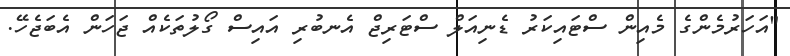
"އަހަރުމެންގެ މެއިން ސްޓައިކަރު ޑެނިއަލް ސްޓަރިޖް އެނބުރި އައިސް ގޯލުތަކެއް ޖަހަން އެބަޖެހޭ.